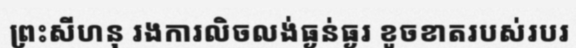
ព្រះសីហនុ រងការលិចលង់ធ្ងន់ធ្ងរ ខូចខាតរបស់របរ